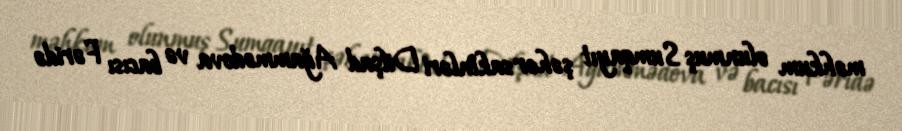
məhkum olunmuş Sumqayıt şəhər sakinləri Dilşad Ağammədova və bacısı Fəridə